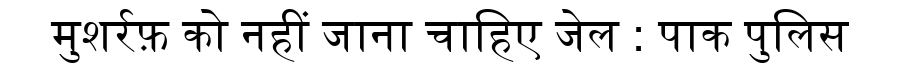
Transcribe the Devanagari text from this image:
मुशर्रफ़ को नहीं जाना चाहिए जेल : पाक पुलिस